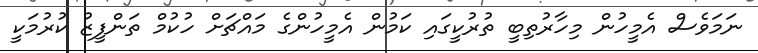
ނަމަވެސް އެމީހުން މިހާރުތިބީ ތުރުކީގައި ކަމުން އެމީހުންގެ މައްޗަށް ހުކުމް ތަންފީޒު ކުރުމަކީ